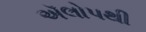
ઍલોપથી